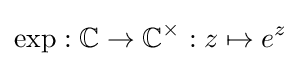
\exp :\mathbb {C} \to \mathbb {C} ^{\times }:z\mapsto e^{z}